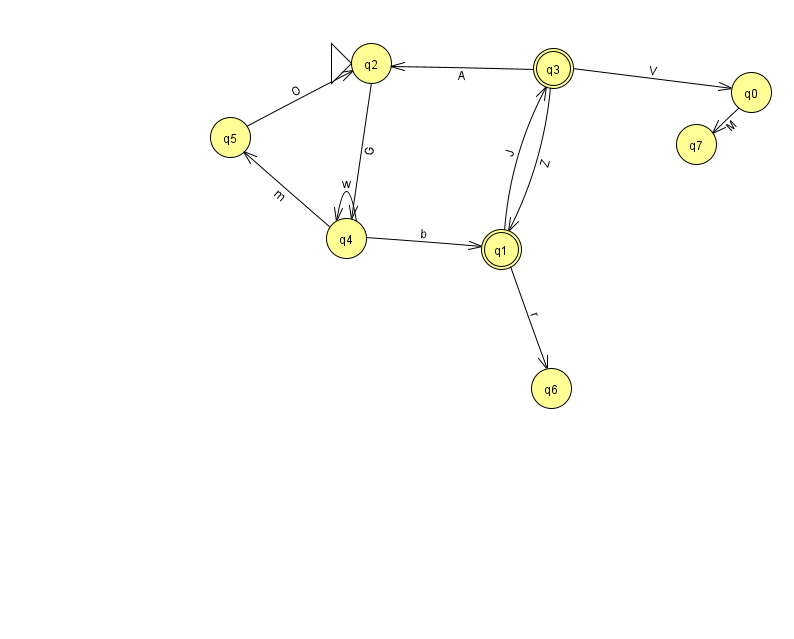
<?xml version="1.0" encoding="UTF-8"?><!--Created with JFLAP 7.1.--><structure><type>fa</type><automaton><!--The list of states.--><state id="0" name="q0"><x>751.0</x><y>79.0</y></state><state id="1" name="q1"><x>501.0</x><y>236.0</y><final/></state><state id="2" name="q2"><x>371.0</x><y>50.0</y><initial/></state><state id="3" name="q3"><x>553.0</x><y>55.0</y><final/></state><state id="4" name="q4"><x>346.0</x><y>225.0</y></state><state id="5" name="q5"><x>230.0</x><y>124.0</y></state><state id="6" name="q6"><x>551.0</x><y>375.0</y></state><state id="7" name="q7"><x>696.0</x><y>131.0</y></state><!--The list of transitions.--><transition><from>2</from><to>4</to><read>G</read></transition><transition><from>3</from><to>0</to><read>V</read></transition><transition><from>3</from><to>2</to><read>A</read></transition><transition><from>4</from><to>1</to><read>b</read></transition><transition><from>4</from><to>4</to><read>w</read></transition><transition><from>4</from><to>5</to><read>m</read></transition><transition><from>1</from><to>6</to><read>r</read></transition><transition><from>0</from><to>7</to><read>M</read></transition><transition><from>5</from><to>2</to><read>O</read></transition><transition><from>1</from><to>3</to><read>J</read></transition><transition><from>3</from><to>1</to><read>Z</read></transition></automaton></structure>